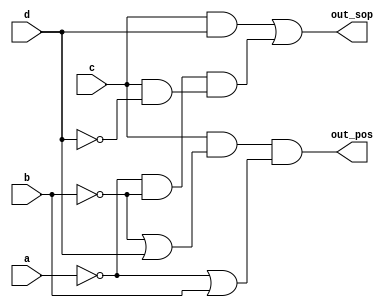
module top_module (
    input a,             // 0010 : | 0 0  -  1 |
    input b,             //        | 0 0  1  0 |
    input c,             //        | - 0  1  0 |
    input d,             //        | - 0  -  0 |
    output out_sop,
    output out_pos
); 
    assign out_sop = (c & d) | ((~a&~b) & (c & ~d));
    
    assign out_pos = (c) & (~b | d) & (~a | b);
    

endmodule